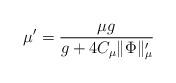
LaTeX: \begin{align*} \mu'=\frac{\mu g}{g+ 4 C_\mu\lVert \Phi\rVert_\mu'} \end{align*}